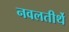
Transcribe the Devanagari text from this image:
नवलतीर्थे